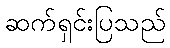
ဆက်ရှင်းပြသည်